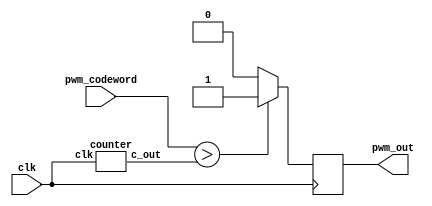
module pwm (
	clk,	
	pwm_codeword,
	pwm_out
);

	input clk;
	input [7:0] pwm_codeword;
	
	output reg pwm_out;
	
	wire [7:0] c_out; 

	always @(posedge clk) begin
	
		if(pwm_codeword > c_out)
			pwm_out <= 1;
		else	
			pwm_out <= 0;
	
	end
	
	counter count_mod(.clk(clk), .c_out(c_out));

endmodule

module counter (
	
	clk,
	c_out
		
);

	input clk;
	output reg [7:0] c_out;
	
	always @(posedge clk) begin
	
		c_out <= c_out + 1'b1;
	
	end

endmodule